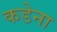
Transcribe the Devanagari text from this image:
कडेना